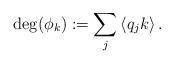
LaTeX: \begin{align*}\deg(\phi_k):=\sum_j\left\langle q_jk \right\rangle.\end{align*}